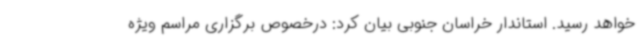
خواهد رسید. استاندار خراسان جنوبی بیان کرد: درخصوص برگزاری مراسم ویژه